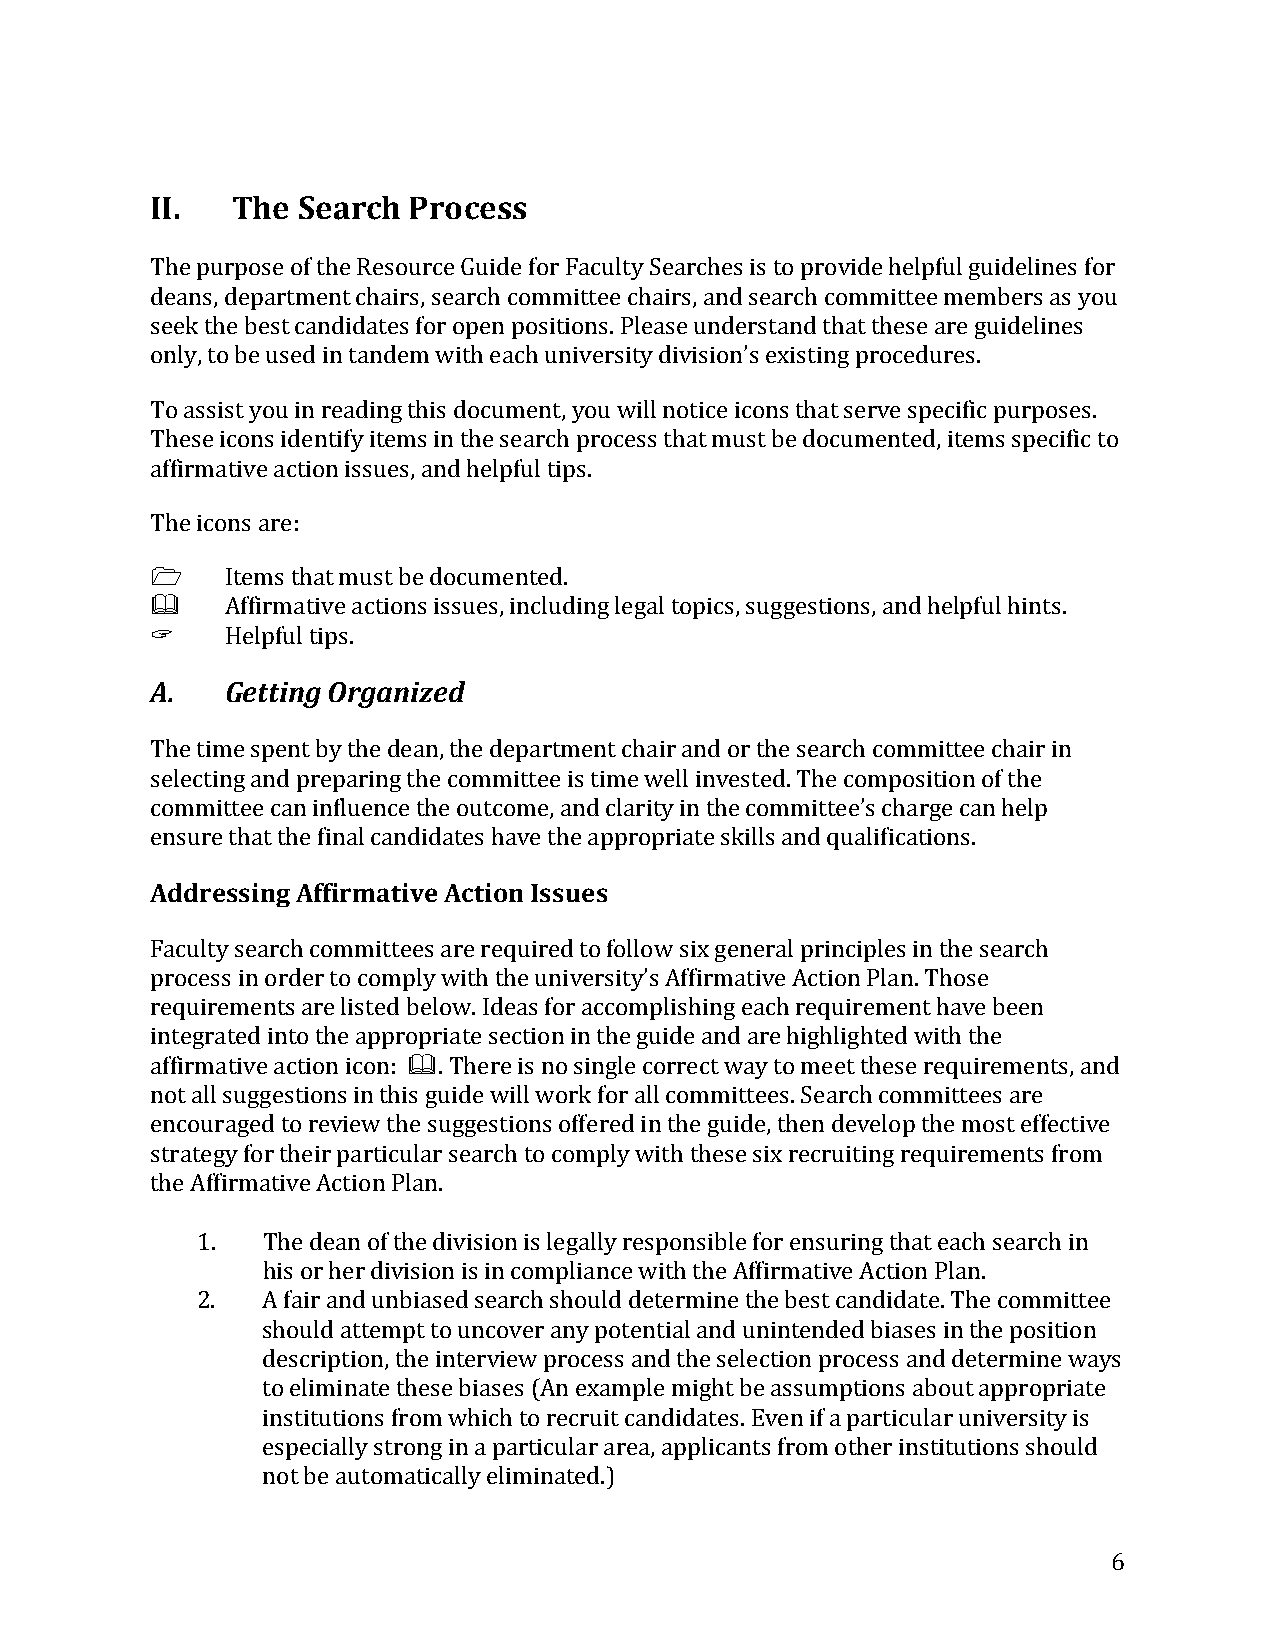
II.  The  Search Process
 The purpose of the Resource Guide for Faculty Searches is to provide helpful guidelines for
 deans, department chairs, search committee chairs, and search committee members as you
 seek the best candidates for open positions. Please understand that these are guidelines
 only, to be used in tandem with each university division’s existing procedures.
 To assist you in reading this document, you will notice icons that serve specific purposes.
 These icons identify items in the search process that must be documented, items specific to
 affirmative action issues, and helpful tips.
 The icons are:
 
     Items that must be documented.
 Affirmative actions issues, including legal topics, suggestions, and helpful hints.
 A.   GHeeltptfiunl gti pOsr. ganized
 The time spent by the dean, the department chair and or the search committee chair in
 selecting and preparing the committee is time well invested. The composition of the
 committee can influence the outcome, and clarity in the committee’s charge can help
 eAndsdurree sthsaint gth Ae fffiinraml caatnidvied aAtcesti hoanv eIs tshuee asp propriate skills and qualifications.
 Faculty search committees are required to follow six general principles in the search
 process in order to comply with the university’s Affirmative Action Plan. Those
 requirements are listed below. Ideas for accomplishing each requirement have been
 integrated into the appropriate section in the guide and are highlighted with the
 affirmative action icon: . There is no single correct way to meet these requirements, and
 not all suggestions in this guide will work for all committees. Search committees are
 encouraged to review the suggestions offered in the guide, then develop the most effective
 strategy for their particular search to comply with these six recruiting requirements from
 the Aff irmative Action Plan.
 1.  The dean of the division is legally responsible for ensuring that each search in
 his or her division is in compliance with the Affirmative Action Plan.
 2.  A fair and unbiased search should determine the best candidate. The committee
 should attempt to uncover any potential and unintended biases in the position
 description, the interview process and the selection process and determine ways
 to eliminate these biases (An example might be assumptions about appropriate
 institutions from which to recruit candidates. Even if a particular university is
 especially strong in a particular area, applicants from other institutions should
 not be automatically eliminated.)
 6